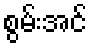
စွမ်းအင်